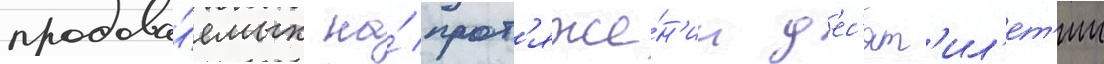
продава́емых на́ прот'яже́н'ии д'ес'ят'ил'ет'ии